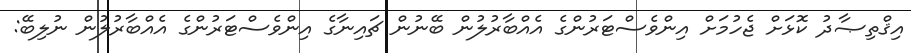
އިޤްތިޞާދު ކޮޅަށް ޖެހުމަށް އިންވެސްޓަރުންގެ އެއްބާރުލުން ބޭނުން ޗައިނާގެ އިންވެސްޓަރުންގެ އެއްބާރުލުން ނުލިބޭ: